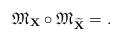
LaTeX: \begin{align*} \mathfrak{M}_{\mathbf{X}} \circ \mathfrak{M}_{\widetilde{\mathbf{X}}} = .\end{align*}